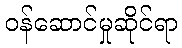
ဝန်ဆောင်မှုဆိုင်ရာ